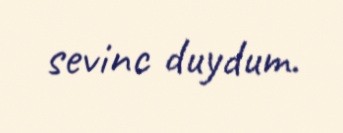
sevinc duydum.